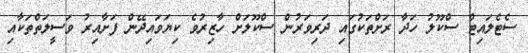
ސެޓެލައިޓް ސްކޫލު ހަދާ ރަށްތަކުގައި ދަރިވަރުން ސްކޫލަށް ހާޒިރުވެ ކިޔަވައިދޭން ފަށާއިރު ވަސީލަތްތަކާއި